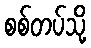
စစ်တပ်သို့